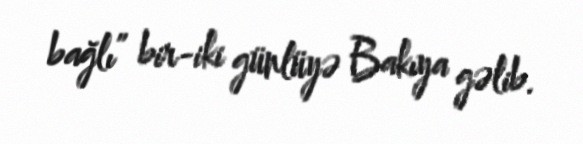
bağlı” bir-iki günlüyə Bakıya gəlib.